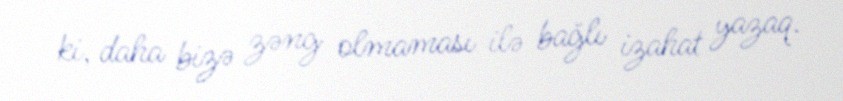
ki, daha bizə zəng olmaması ilə bağlı izahat yazaq.